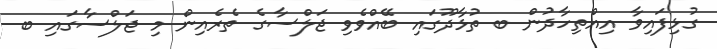
ގުޅިފައިވާ އިއްތިހާދުން ބ ތުޅާދޫގައި ބޭއްވެވި ޖަލްސާގެ ތެރެއިން މި ޖަލްސާގައި ބ